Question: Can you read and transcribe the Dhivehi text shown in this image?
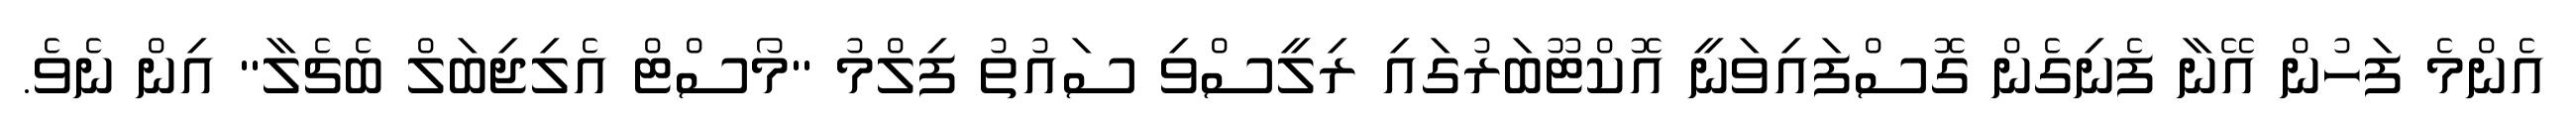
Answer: އެންމެ ފަހުން އޭނާ ފެނިގެން ގޮސްފައިވަނީ އޮކްޓޫބަރުގައި ރިލީސްވި ސައުތު ފިލްމު ''މޯސްޓް އެލިޖިބަލް ބެޗެލާ'' އިން ނެވެ.